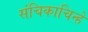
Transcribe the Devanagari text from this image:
संचिकाचिन्हे